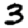
Digit: 3